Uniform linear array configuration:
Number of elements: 32
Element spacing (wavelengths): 1
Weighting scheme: hann
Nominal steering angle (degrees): -15
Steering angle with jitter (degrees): -14.681
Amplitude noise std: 0.05
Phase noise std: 0.05

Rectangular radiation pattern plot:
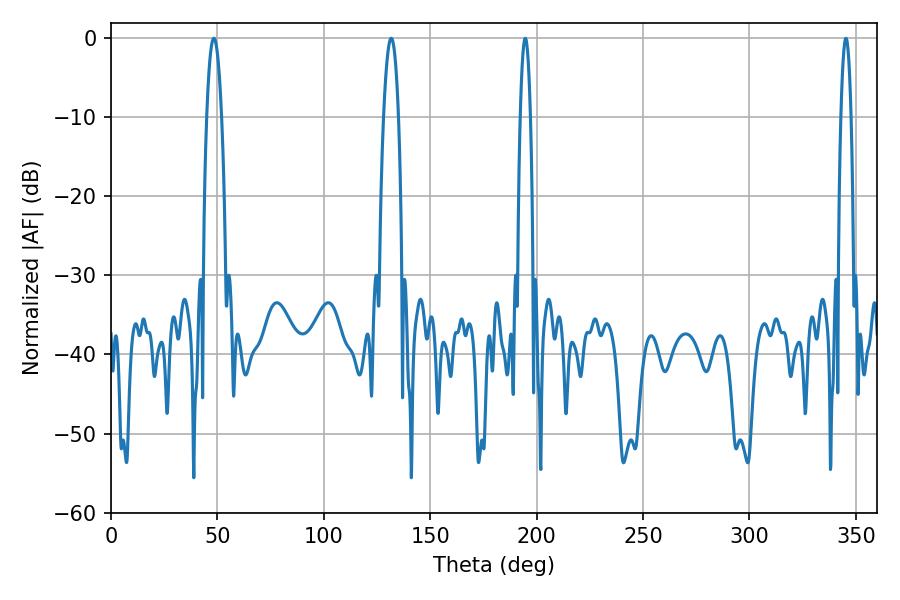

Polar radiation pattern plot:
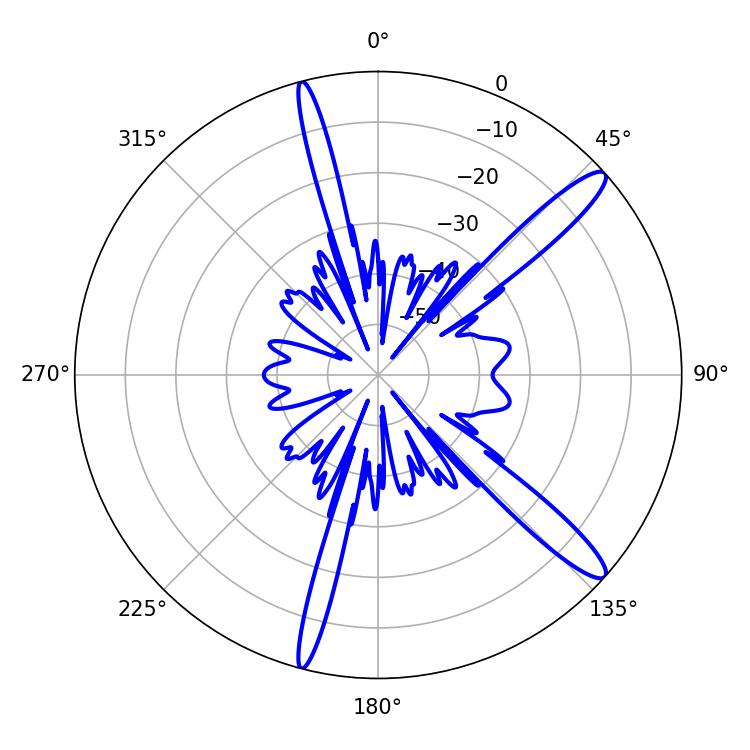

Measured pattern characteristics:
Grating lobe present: TRUE
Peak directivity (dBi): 13.756
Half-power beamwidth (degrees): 3.78
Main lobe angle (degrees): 48.24